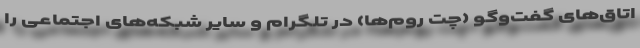
اتاق‌های گفت‌وگو (چت روم‌ها) در تلگرام و سایر شبکه‌های اجتماعی را